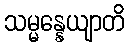
သမ္မန္နေယျာတိ